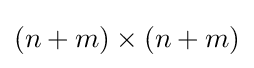
(n+m)\times (n+m)